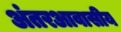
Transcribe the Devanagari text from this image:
अंतरआवासीय